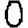
Digit: 0